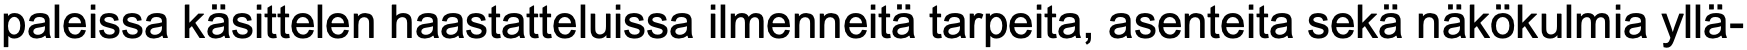
paleissa käsittelen haastatteluissa ilmenneitä tarpeita, asenteita sekä näkökulmia yllä-